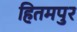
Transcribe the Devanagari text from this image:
हितमपुर